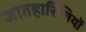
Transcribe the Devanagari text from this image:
जातहारिणियों